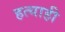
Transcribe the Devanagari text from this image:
हत्याही